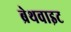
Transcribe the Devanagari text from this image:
ब्रेथवाइट